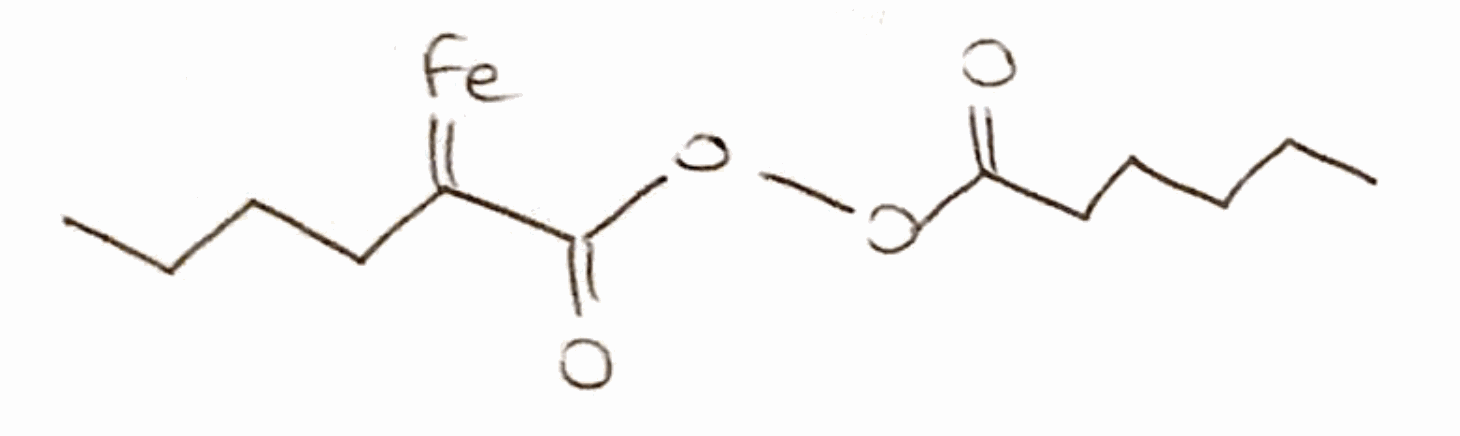
Simplified molecular-input line-entry system (SMILES) notation of the given molecule:
CCCCCC(=O)OOC(=O)C(=[Fe])CCCC